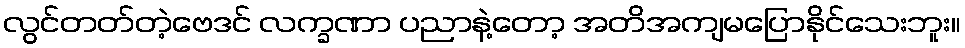
လွင်တတ်တဲ့ဗေဒင် လက္ခဏာ ပညာနဲ့တော့ အတိအကျမပြောနိုင်သေးဘူး။